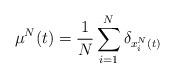
LaTeX: \begin{align*}\mu^{N}(t)=\frac{1}{N}\sum_{i=1}^{N}\delta_{x_{i}^{N}(t)}\end{align*}